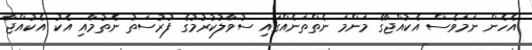
އެހެން ނަމަވެސް އެކުއްޖާގެ މަންމަ ނެތްތަނެއްގައި ސުވާލުކުރުމުގެ ފުރުސަތު ނެތުމާއި އެކު އެކުއްޖާ